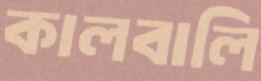
কালবালি